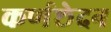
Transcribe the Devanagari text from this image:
कर्णछेदन